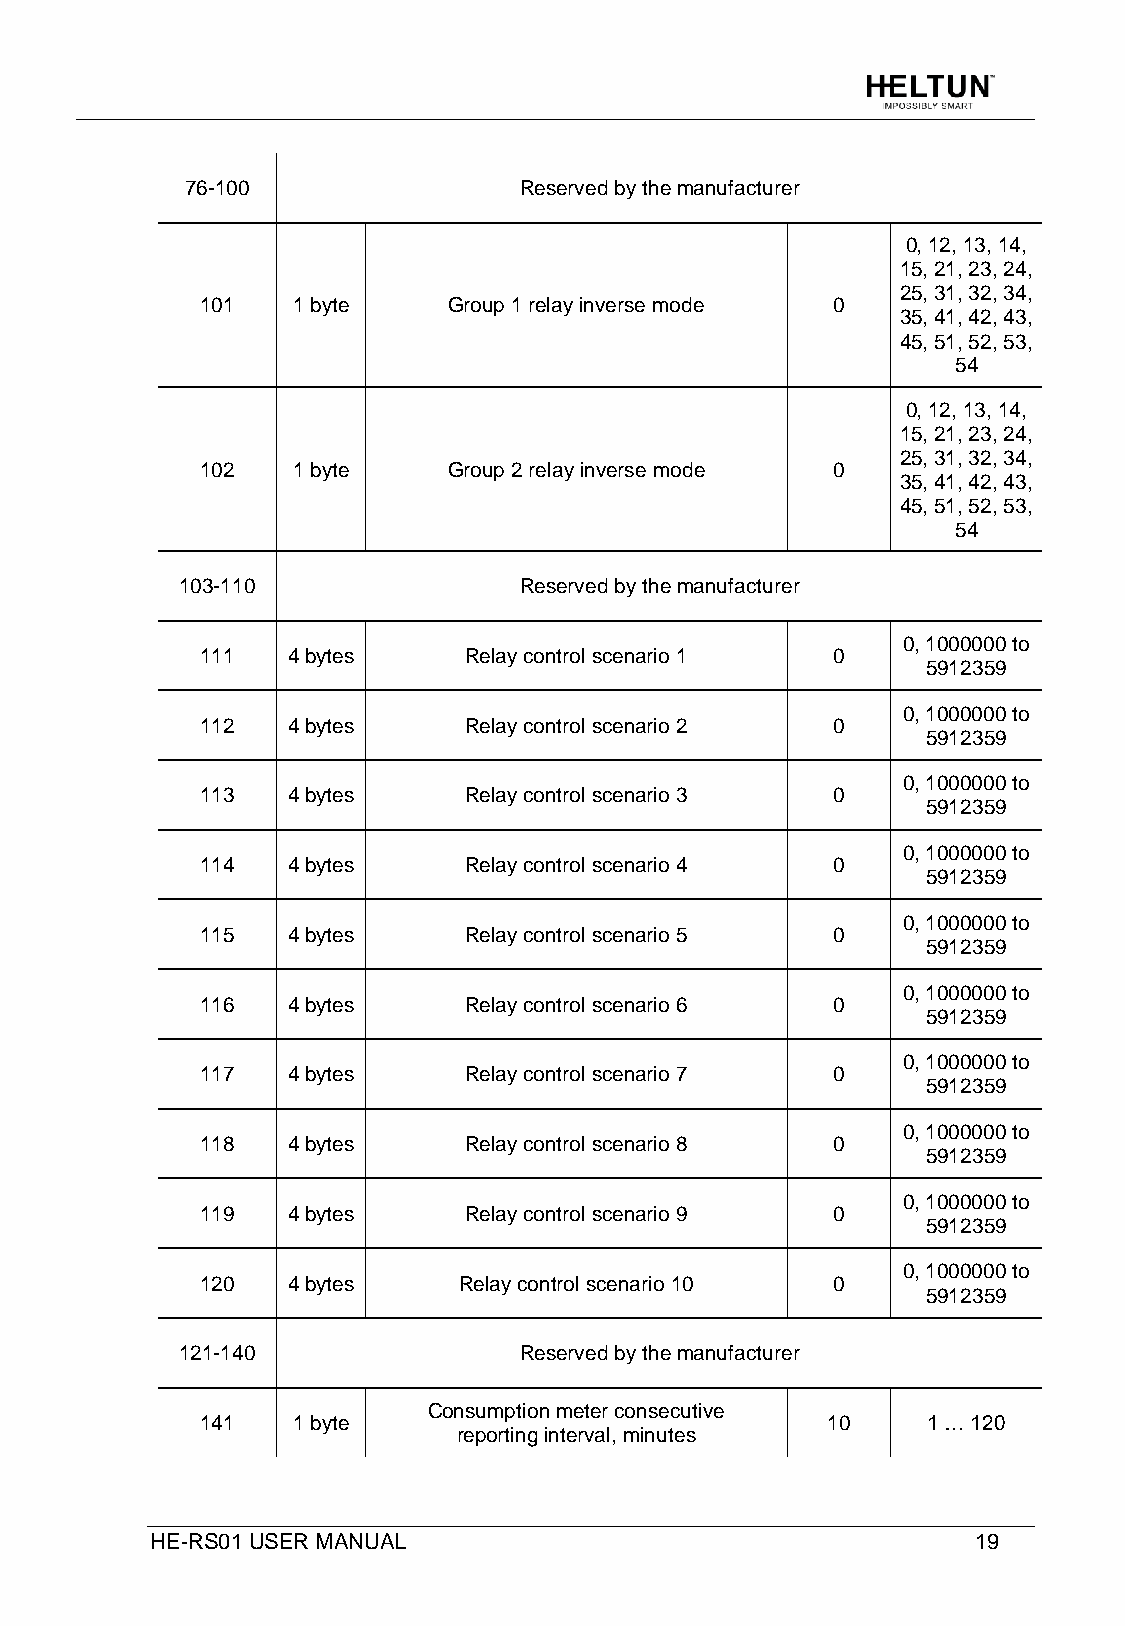
76-100                Reserved by the manufacturer
 0, 12, 13, 14,
 15, 21, 23, 24,
 25, 31, 32, 34,
 101   1 byte     Group 1 relay inverse mode 0
 35, 41, 42, 43,
 45, 51, 52, 53,
 54
 0, 12, 13, 14,
 15, 21, 23, 24,
 25, 31, 32, 34,
 102   1 byte     Group 2 relay inverse mode 0
 35, 41, 42, 43,
 45, 51, 52, 53,
 54
 103-110               Reserved by the manufacturer
 0, 1000000 to
 111   4 bytes     Relay control scenario 1 0
 5912359
 0, 1000000 to
 112   4 bytes     Relay control scenario 2 0
 5912359
 0, 1000000 to
 113   4 bytes     Relay control scenario 3 0
 5912359
 0, 1000000 to
 114   4 bytes     Relay control scenario 4 0
 5912359
 0, 1000000 to
 115   4 bytes     Relay control scenario 5 0
 5912359
 0, 1000000 to
 116   4 bytes     Relay control scenario 6 0
 5912359
 0, 1000000 to
 117   4 bytes     Relay control scenario 7 0
 5912359
 0, 1000000 to
 118   4 bytes     Relay control scenario 8 0
 5912359
 0, 1000000 to
 119   4 bytes     Relay control scenario 9 0
 5912359
 0, 1000000 to
 120   4 bytes    Relay control scenario 10 0
 5912359
 121-140               Reserved by the manufacturer
 Consumption meter consecutive
 141   1 byte                              10    1 … 120
 reporting interval, minutes
 HE-RS01 USER MANUAL                                    19